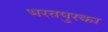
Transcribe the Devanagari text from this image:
भरतपुरका